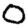
Digit: 0